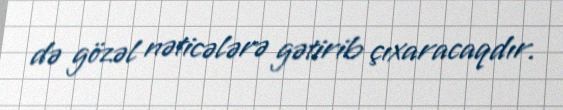
də gözəl nəticələrə gətirib çıxaracaqdır.